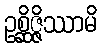
ဥစ္ဆိဇ္ဇိဿာမိ